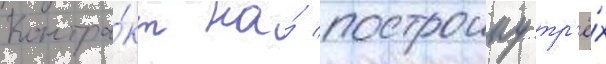
Контра́кт на́ построику тр'ё́х